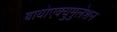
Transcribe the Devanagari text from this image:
बायोएक्युमुलेशन